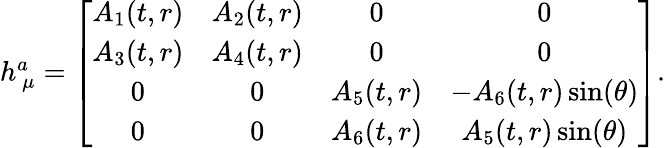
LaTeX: \begin{array}{r}{h_{~\mu}^{a}=\left[\begin{array}{cccc}{A_{1}(t,r)}&{A_{2}(t,r)}&{0}&{0}\\ {A_{3}(t,r)}&{A_{4}(t,r)}&{0}&{0}\\ {0}&{0}&{A_{5}(t,r)}&{-A_{6}(t,r)\sin(\theta)}\\ {0}&{0}&{A_{6}(t,r)}&{A_{5}(t,r)\sin(\theta)}\end{array}\right].}\end{array}